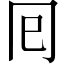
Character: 囘